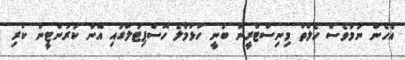
އެހެން ނަމަވެސް ހެލްތު މިނިސްޓްރީން ބުނީ ހުޅުމާލެ ހޮސްޕިޓަލުގައި އޭނާ ކަރަންޓީން ކުރި